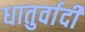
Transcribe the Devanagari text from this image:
धातुर्वादी